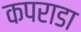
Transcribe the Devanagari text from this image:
कपराडा